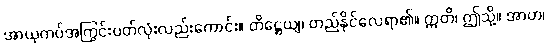
အာယုကပ်အကြွင်းပတ်လုံးလည်းကောင်း။ တိဋ္ဌေယျ၊ တည်နိုင်လေရာ၏။ ဣတိ၊ ဤသို့။ အာဟ၊